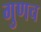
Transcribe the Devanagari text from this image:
गुणच